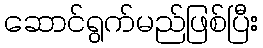
ဆောင်ရွက်မည်ဖြစ်ပြီး